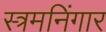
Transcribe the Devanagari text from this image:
स्त्रमनिंगार